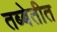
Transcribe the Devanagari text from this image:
तब्बेतीत